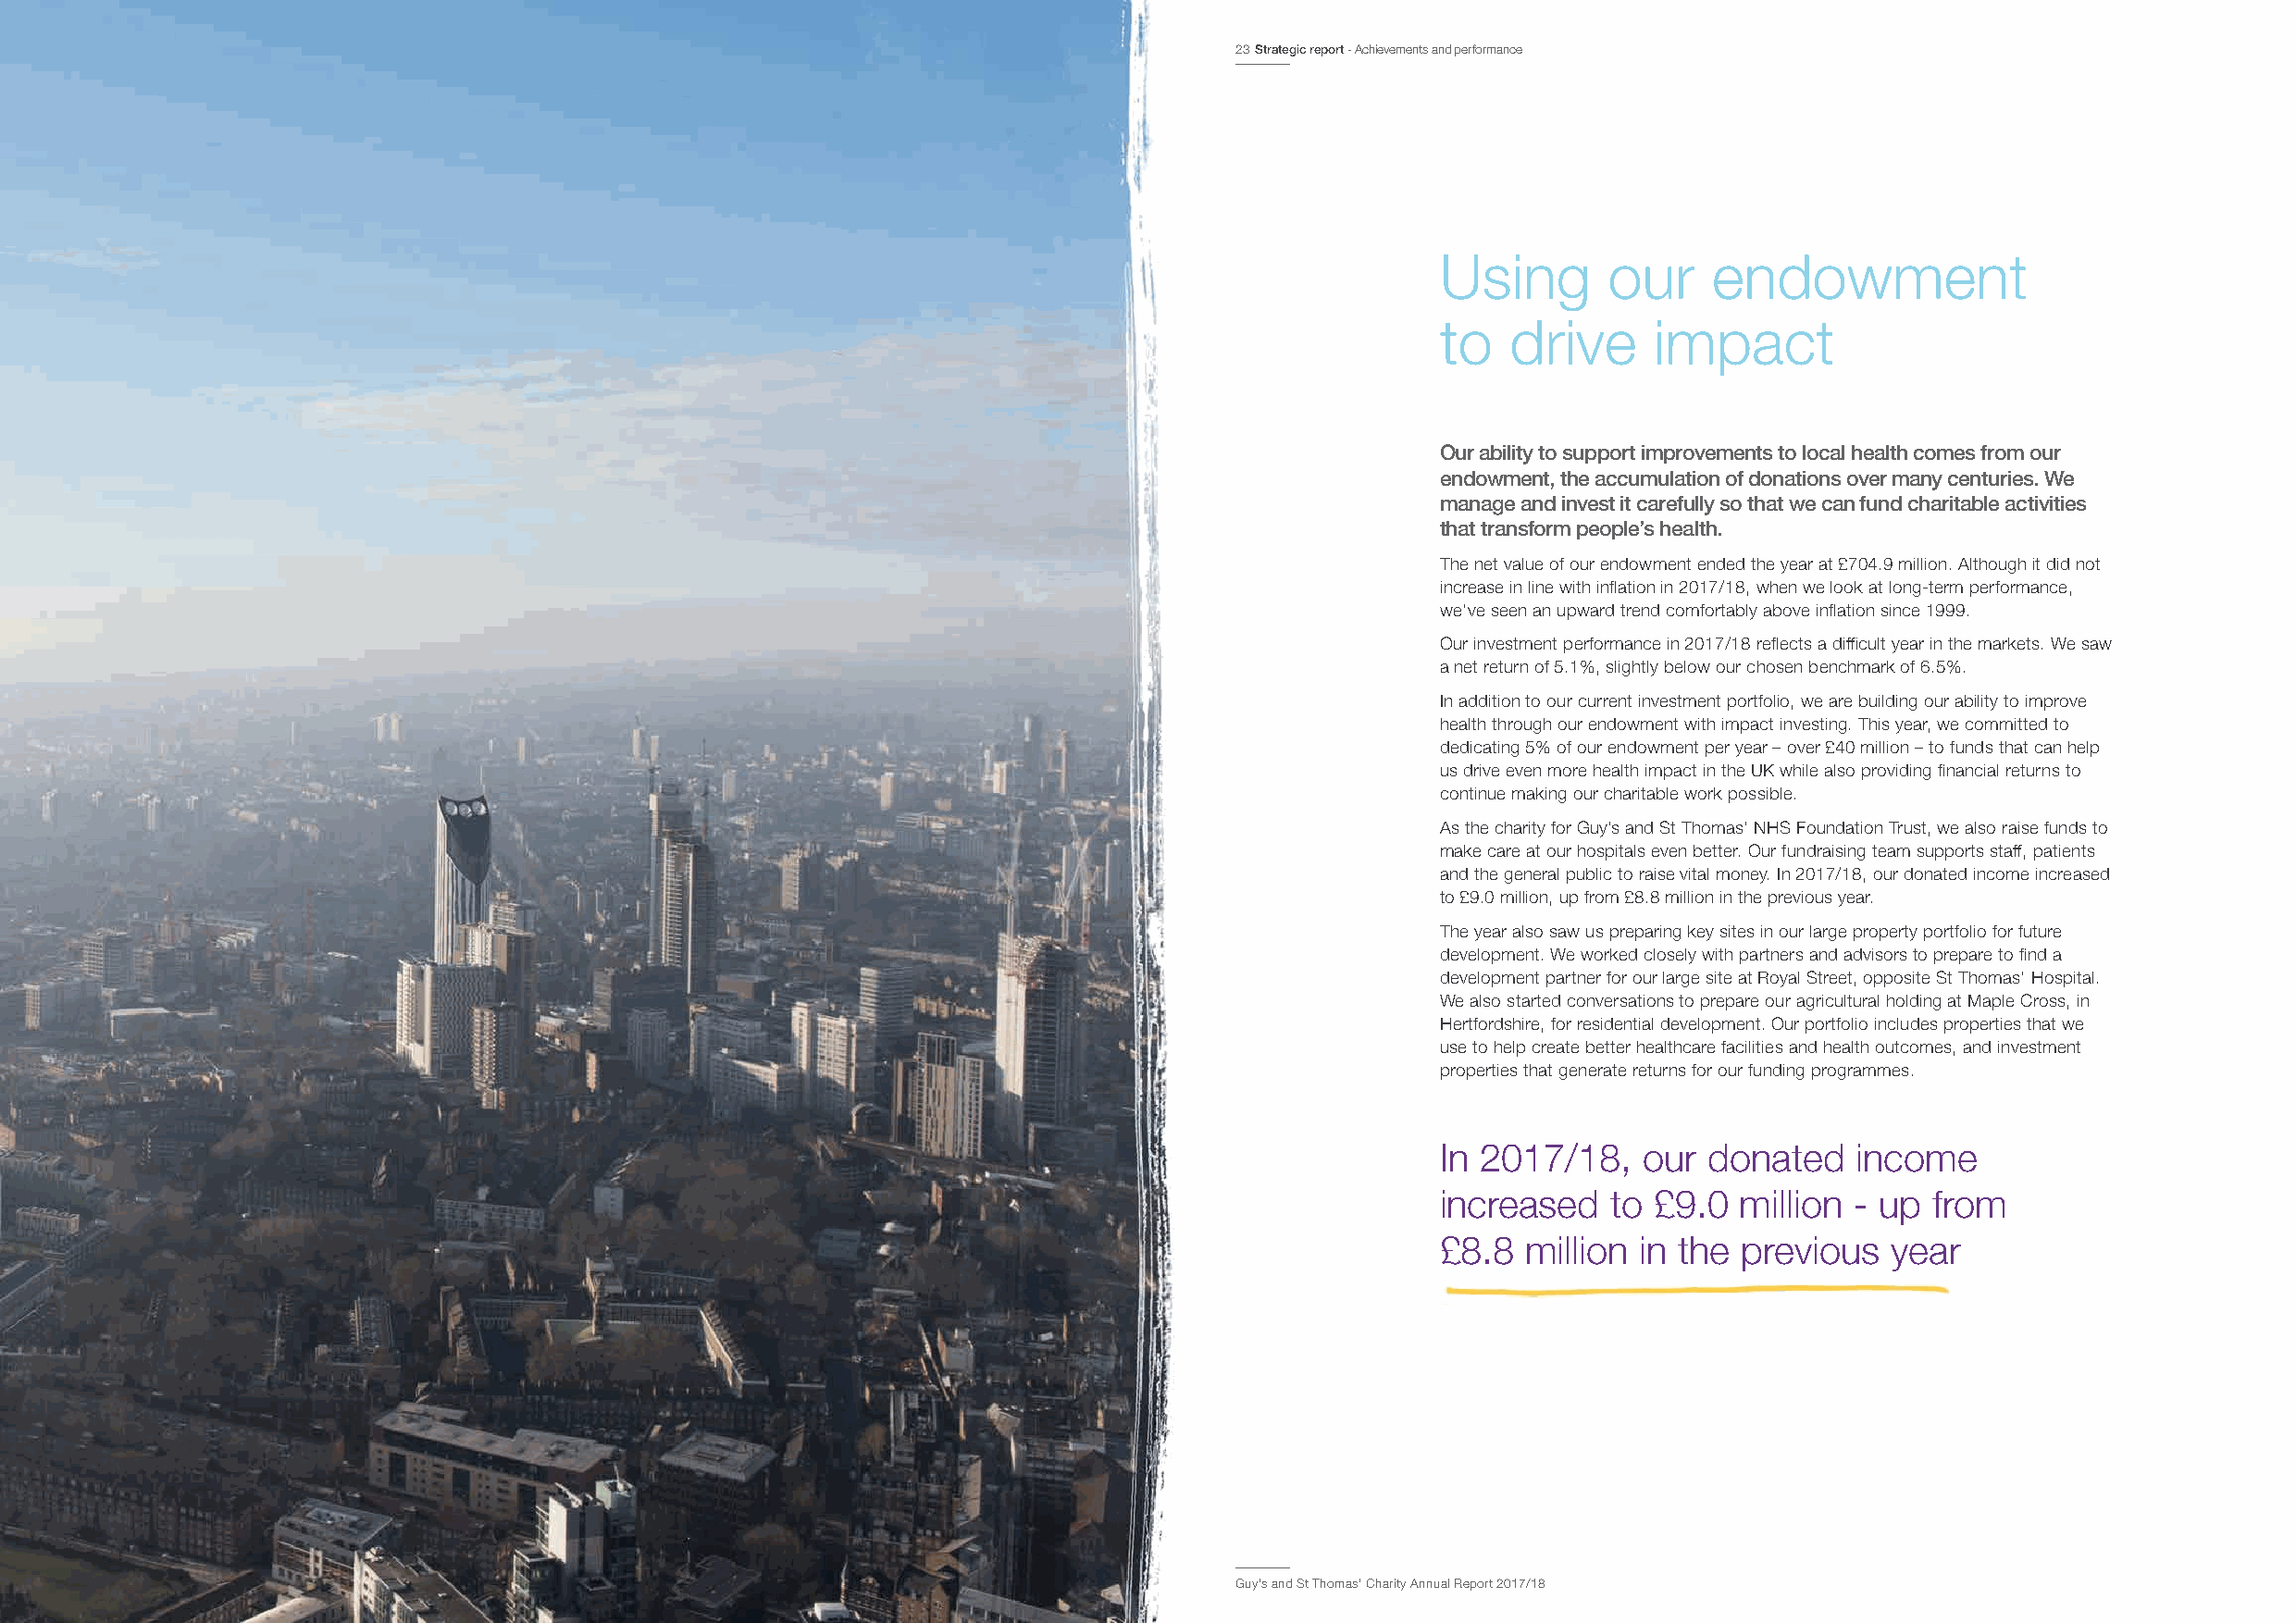
23 Strategic report - Achievements and performance
 Using       our    endowment
 to   drive     impact
 Our ability to support improvements to local health comes from our
 endowment, the accumulation of donations over many centuries. We
 manage and invest it carefully so that we can fund charitable activities
 that transform people’s health.
 The net value of our endowment ended the year at £704.9 million. Although it did not
 increase in line with inflation in 2017/18, when we look at long-term performance,
 we’ve seen an upward trend comfortably above inflation since 1999.
 Our investment performance in 2017/18 reflects a difficult year in the markets. We saw
 a net return of 5.1%, slightly below our chosen benchmark of 6.5%.
 In addition to our current investment portfolio, we are building our ability to improve
 health through our endowment with impact investing. This year, we committed to
 dedicating 5% of our endowment per year – over £40 million – to funds that can help
 us drive even more health impact in the UK while also providing financial returns to
 continue making our charitable work possible.
 As the charity for Guy’s and St Thomas’ NHS Foundation Trust, we also raise funds to
 make care at our hospitals even better. Our fundraising team supports staff, patients
 and the general public to raise vital money. In 2017/18, our donated income increased
 to £9.0 million, up from £8.8 million in the previous year.
 The year also saw us preparing key sites in our large property portfolio for future
 development. We worked closely with partners and advisors to prepare to find a
 development partner for our large site at Royal Street, opposite St Thomas’ Hospital.
 We also started conversations to prepare our agricultural holding at Maple Cross, in
 Hertfordshire, for residential development. Our portfolio includes properties that we
 use to help create better healthcare facilities and health outcomes, and investment
 properties that generate returns for our funding programmes.
 In 2017/18,    our donated    income
 increased   to £9.0  million  - up from
 £8.8  million in the previous   year
 Guy’s and St Thomas’ Charity Annual Report 2017/18